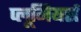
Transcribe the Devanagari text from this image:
प्लूमियर्स